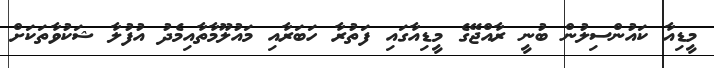
މީޑިއާ ކައުންސިލުން ބުނީ ރާއްޖޭގެ މީޑިއާގައި ފަތުރާ ހަބަރާއި މައުލޫމާތާއިމެދު އުފުލާ ޝަކުވާތަކަށް